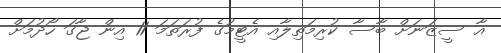
އާ ސީޒަނަށް ބާސާ ކުރިމަތިލާއި އެޓީމުގެ ފުރަތަމަ 11 އިން ޖާގަ ހޯދުމަށް